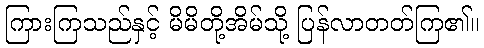
ကြားကြသည်နှင့် မိမိတို့အိမ်သို့ ပြန်လာတတ်ကြ၏။